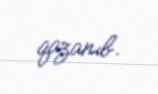
qazanıb.